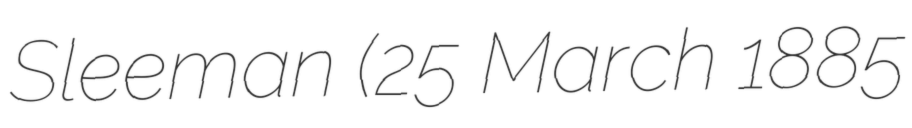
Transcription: Sleeman (25 March 1885